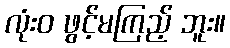
လုံးဝ ဖွင့်မကြည့် ဘူး။